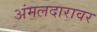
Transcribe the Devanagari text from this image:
अंमलदारावर